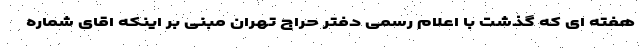
هفته ای که گذشت با اعلام رسمی دفتر حراج تهران مبنی بر اینکه اقای شماره